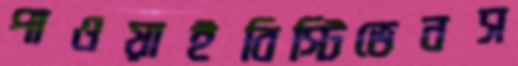
পাওয়াইবিস্টিভেনস